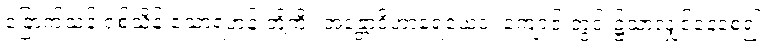
ခြောက်သန်းရှစ်သိန်းသောရဟန်းတို့ကို။ အန္တောဝိဟာရေယေဝ၊ ကျောင်းတွင်း၌သာလျှင်နေစေ၍။